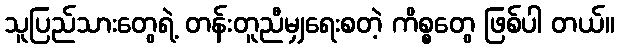
သူပြည်သားတွေရဲ့ တန်းတူညီမျှရေးစတဲ့ ကိစ္စတွေ ဖြစ်ပါ တယ်။